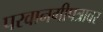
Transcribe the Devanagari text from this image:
परवानगीपत्रावर